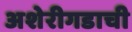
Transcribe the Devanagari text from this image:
अशेरीगडाची